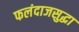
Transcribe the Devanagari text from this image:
फलंदाजसुद्धा